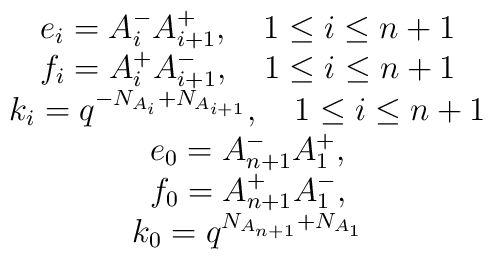
\begin{array}{c} e_{i}= A_{i}^{-} A_{i+1}^{+},~~~ 1 \le i \le n+1\\ f_{i}= A_{i}^{+} A_{i+1}^{-},~~~ 1 \le i \le n+1\\ k_{i}= q^{-N_{A_{i}}+ N_{A_{i+1}}},~~~ 1\le i \le n+1\\ e_{0}= A_{n+1}^{-} A_{1}^{+}, \\ f_{0}=  A_{n+1}^{+} A_{1}^{-}, \\ k_{0}= q^{  N_{A_{n+1}}+ N_{A_{1}}} \end{array}